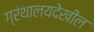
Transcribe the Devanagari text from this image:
ग्रंथालयदेखील